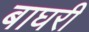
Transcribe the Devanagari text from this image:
बाघरी